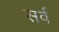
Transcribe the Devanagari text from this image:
सर्व